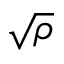
\sqrt { \rho }